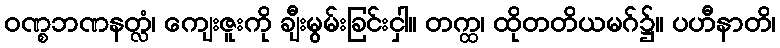
ဝဏ္စဘဏနတ္လံ၊ ကျေးဇူးကို ချီးမွမ်းခြင်းငှါ။ တက္ထ၊ ထိုတတိယမဂ်၌။ ပဟီနာတိ၊